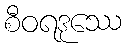
စီဝရဒုဿေ